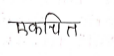
मजकूर: एकचित